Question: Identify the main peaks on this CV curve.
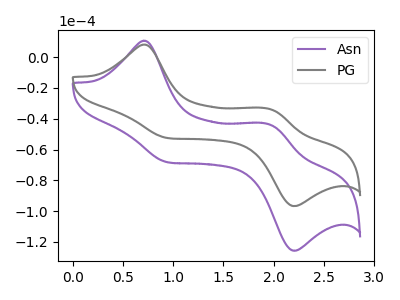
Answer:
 <answer>The purple curve "Asn" has anodic peaks at (0.70V, 10.70uA) (1.95V, -43.70uA) and cathodic peaks at (0.95V, -68.50uA) (2.20V, -125.75uA). The gray curve "PG" has anodic peaks at (0.70V, 8.20uA) (1.95V, -33.60uA) and cathodic peaks at (0.95V, -52.70uA) (2.20V, -96.75uA).</answer>
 <eval></eval>